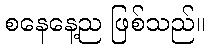
စနေနေ့ည ဖြစ်သည်။